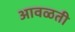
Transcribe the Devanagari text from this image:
आवळती